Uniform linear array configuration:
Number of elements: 32
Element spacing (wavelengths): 0.5
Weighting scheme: hamming
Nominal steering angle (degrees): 45
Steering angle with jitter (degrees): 45.708
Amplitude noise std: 0.05
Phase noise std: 0.05

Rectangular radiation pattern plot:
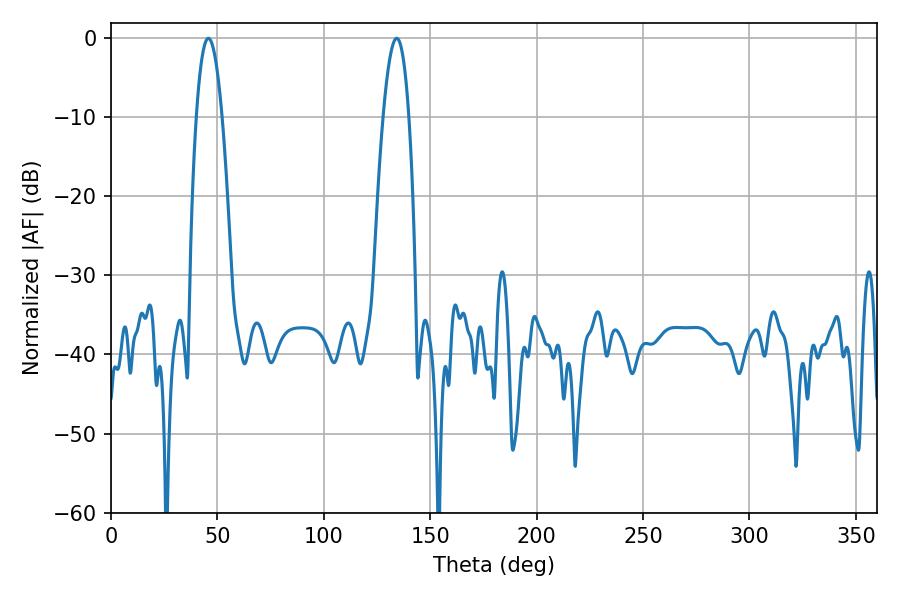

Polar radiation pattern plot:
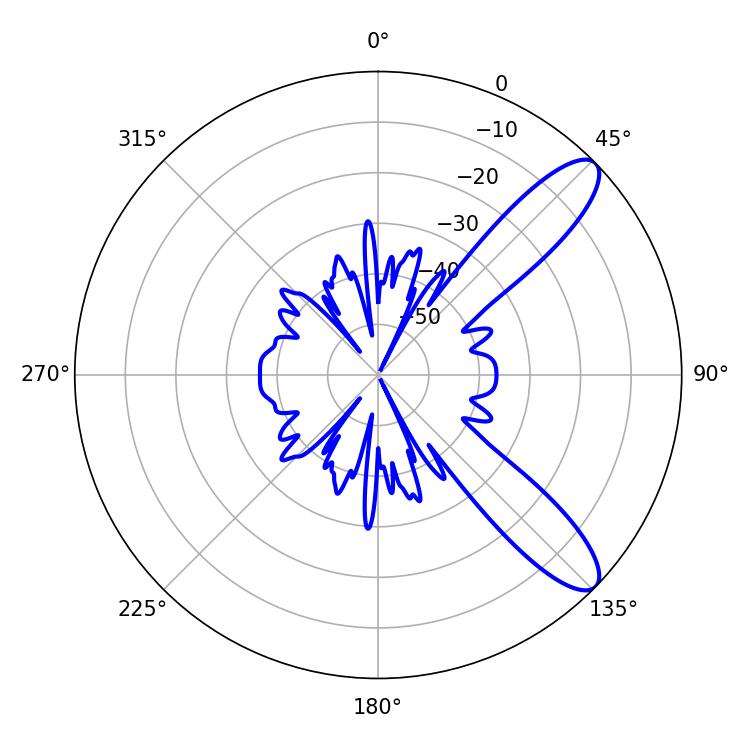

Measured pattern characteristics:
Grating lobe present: FALSE
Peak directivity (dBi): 10.454
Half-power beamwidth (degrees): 6.66
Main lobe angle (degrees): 45.72